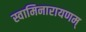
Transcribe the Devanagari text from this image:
स्वामिनारायणम्